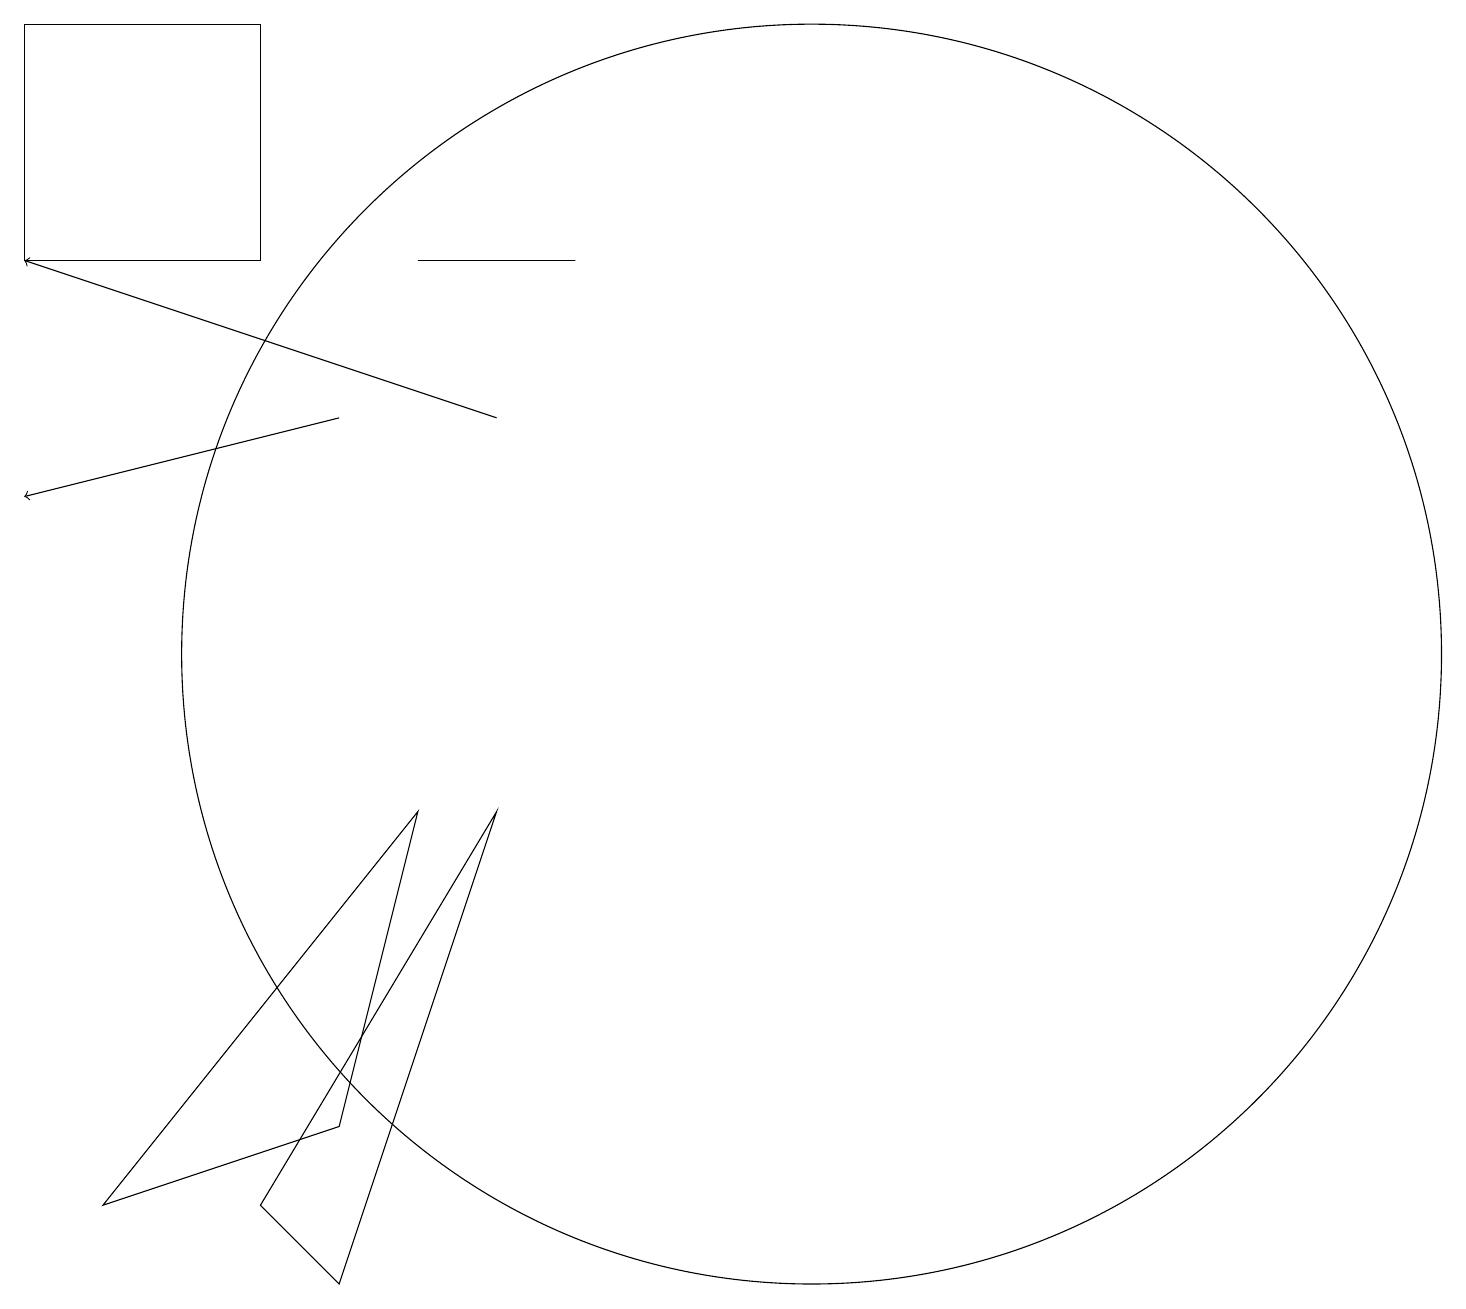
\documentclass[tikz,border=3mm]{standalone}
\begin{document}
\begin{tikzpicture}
\draw (3,16) rectangle (0,19);
\draw (5,16) rectangle (7,16);
\draw[->] (4,14) -- (0,13);
\draw (4,3) -- (6,9) -- (3,4) -- cycle;
\draw[->] (6,14) -- (0,16);
\draw (10,11) circle (8);
\draw (4,5) -- (1,4) -- (5,9) -- cycle;
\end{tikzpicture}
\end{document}